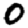
Digit: 0